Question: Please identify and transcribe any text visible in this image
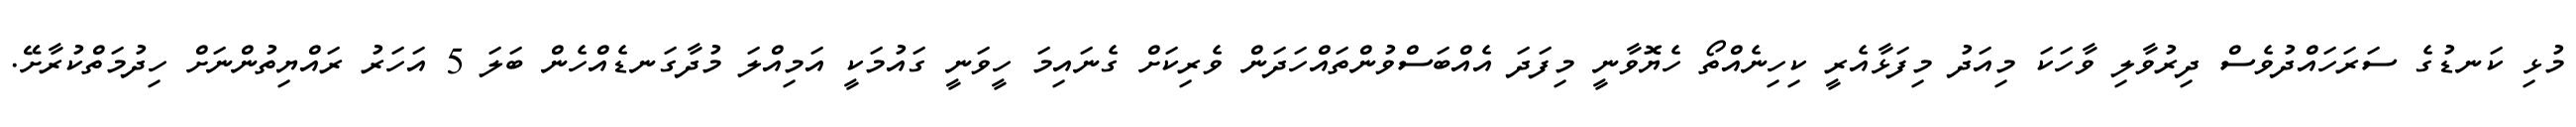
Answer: މުޅި ކަނޑުގެ ސަރަހައްދުވެސް ދިރުވާލި ވާހަކަ މިއަދު މިފަޅާއެރީ ކިހިނެއްތޯ ހެޔޮވާނީ މިފަދަ އެއްބަސްވުންތައްހަދަން ވެރިކަށް ގެނައިމަ ހީވަނީ ގައުމަކީ އަމިއްލަ މުދާގަނޑެއްހެން ބަލަ 5 އަހަރު ރައްޔިތުންނަށް ހިދުމަތްކުރާށޭ.